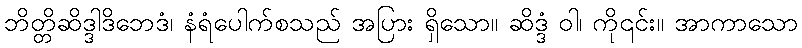
ဘိတ္တိဆိဒ္ဒါဒိဘေဒံ၊ နံရံပေါက်စသည် အပြား ရှိသော။ ဆိဒ္ဒံ ဝါ၊ ကို၎င်း။ အာကာသော